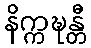
နိက္ကဍ္ဎန္တီ